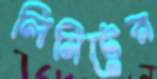
লিমিটের